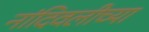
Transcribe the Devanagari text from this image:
नांदिवलीच्या